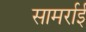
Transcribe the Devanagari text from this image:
सामर्राई